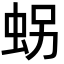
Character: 𧊅